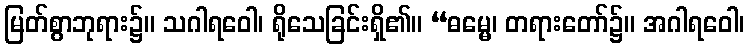
မြတ်စွာဘုရား၌။ သဂါရဝေါ၊ ရိုသေခြင်းရှိ၏။ “ဓမ္မေ၊ တရားတော်၌။ အဂါရဝေါ၊